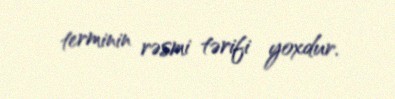
terminin rəsmi tərifi yoxdur.